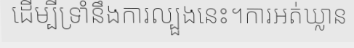
ដើម្បីទ្រាំនឹងការល្បួងនេះ។ការអត់ឃ្លាន